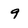
Character: 9